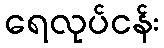
ရေလုပ်ငန်း